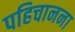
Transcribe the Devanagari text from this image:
पहिचानना